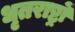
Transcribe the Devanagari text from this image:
धृतराष्ट्रों